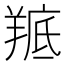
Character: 𮊭